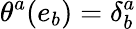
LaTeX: \theta^{a}(e_{b})=\delta_{b}^{a}